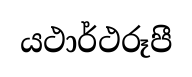
යථාර්ථරූපී